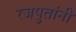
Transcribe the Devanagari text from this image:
रजपुतांनी